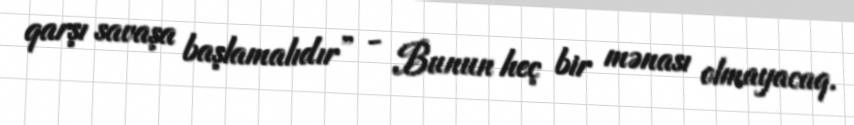
qarşı savaşa başlamalıdır” - Bunun heç bir mənası olmayacaq.